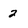
Character: 2